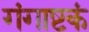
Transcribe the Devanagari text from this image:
गंगाष्टकं